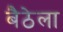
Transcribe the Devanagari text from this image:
बैठेला